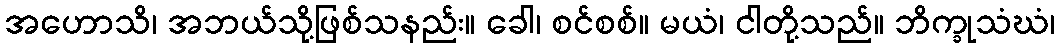
အဟောသိ၊ အဘယ်သို့ဖြစ်သနည်း။ ခေါ၊ စင်စစ်။ မယံ၊ ငါတို့သည်။ ဘိက္ခုသံဃံ၊